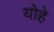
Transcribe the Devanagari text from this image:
योहे